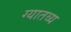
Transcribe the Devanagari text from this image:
ग्यातव्य